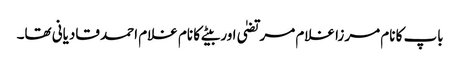
باپ کا نام مرزا غلام مرتضیٰ اور بیٹے کا نام غلام احمد قادیانی تھا۔